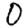
Digit: 0